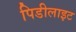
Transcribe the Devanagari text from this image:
पिडीलाइट